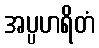
အပ္ပဟရိတံ